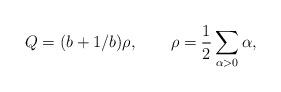
LaTeX: \begin{align*}Q=(b+1/b)\rho ,\qquad \rho =\frac 12\sum_{\alpha >0}\alpha , \end{align*}